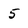
Character: 5